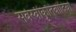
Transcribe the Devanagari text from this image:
सर्वस्वीकृतिवादियों